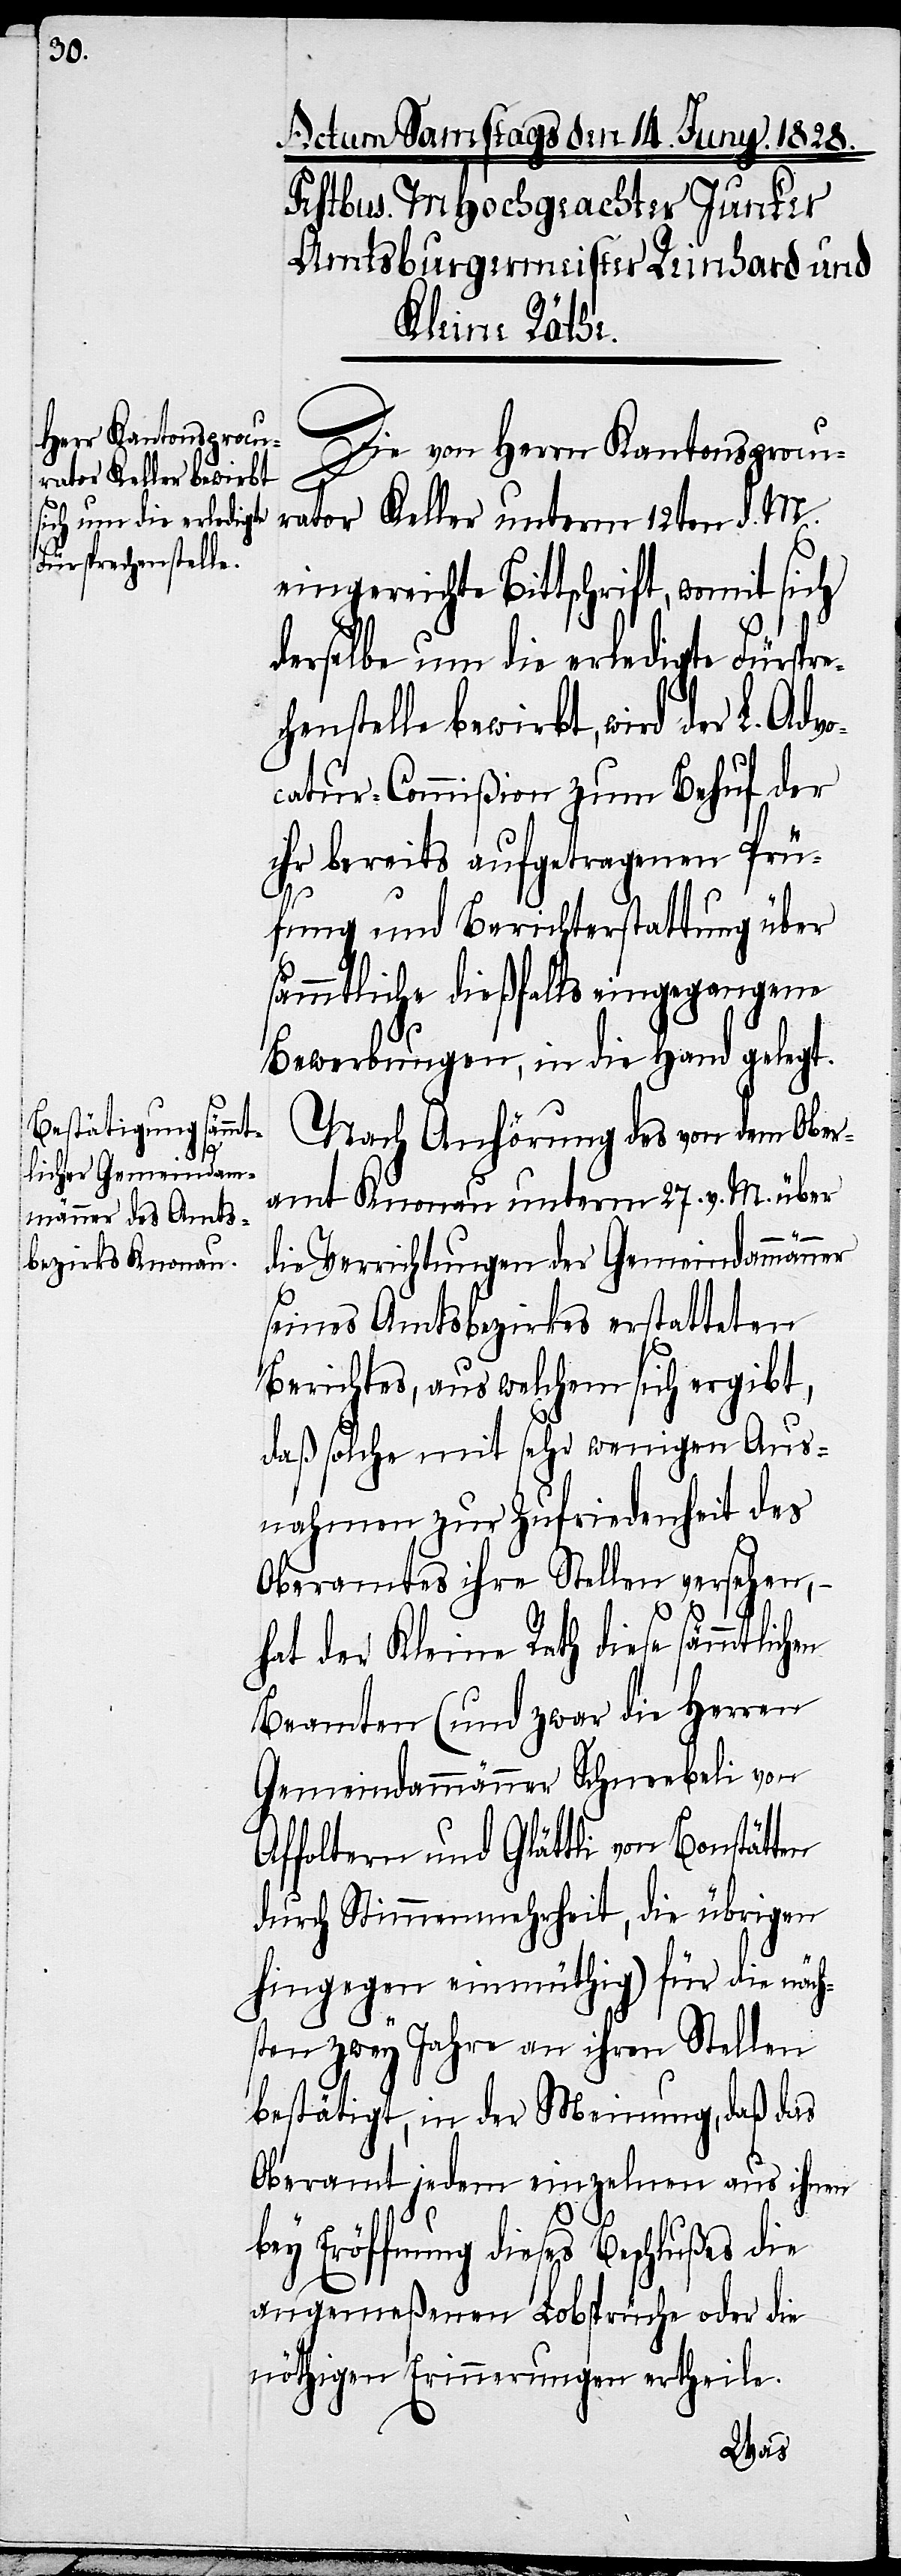
Die von Herrn Kantonsprocu¬
rator Keller unterm 12ten d. M.
eingereichte Bittschrift, womit sich
derselbe um die erledigte Fürspre¬
chenstelle bewirbt, wird der L. Adv¬
ocatur-Commißion zum Behuf der
ihr bereits aufgetragenen Prü¬
fung und Berichterstattung über
sämmtliche dießfalls eingegangene
Bewerbung, in die Hand gelegt.
Nach Anhörung des von dem Ober¬
amt Knonau unterm 27. v. M. über
die Verrichtungen der Gemeindammänner
seines Amtsbezirkes erstatteten
Berichtes, aus welchem sich ergibt,
daß solche mit sehr wenigen Aus¬
nahmen zur Zufriedenheit des
Oberamtes ihre Stellen versehen, –
hat der Kleine Rath diese sämmtlichen
Beamteten (und zwar die Herren
Gemeindammänner Schneebeli von
Affoltern und Glättli von Bonstätten
durch Stimmenmehrheit, die übrigen
hingegen einmüthig) für die näch¬
sten zwey Jahre an ihren Stellen
bestätigt, in der Meinung, daß das
Oberamt jedem einzelnen aus ihnen
bey Eröffnung dieses Beschlußes die
angemeßenen Lobsprüche oder die
nöthigen Erinnerungen ertheile.